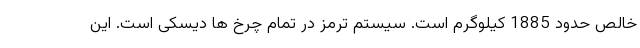
خالص حدود 1885 کیلوگرم است. سیستم ترمز در تمام چرخ ها دیسکی است. این